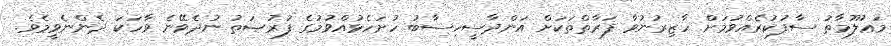
މަޢުލޫމާތު ސާފުކުރެއްވުމަށް ހާޒިރުނުވާ ފަރާތްތަކަށް އަންދާސީހިސާބު ހުށަހެޅުއްވުމުގެ ފުރުޞަތު ނުދެވޭނެ ވާހަކަ ދެންނެވީމެވެ.